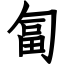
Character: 匐